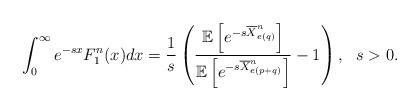
LaTeX: \begin{align*}&\int_{0}^{\infty} e^{-s x}F_1^n(x)dx=\frac{1}{s}\left(\frac{\mathbb E\left[e^{-s \overline{X}^n_{e(q)}}\right]}{\mathbb E\left[e^{-s \overline{X}^n_{e(p+q)}}\right]}-1\right),\ \ s > 0.\end{align*}